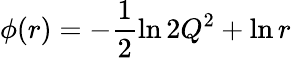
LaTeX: \phi(r)=-\frac{1}{2}\ln 2Q^{2}+\ln r